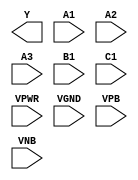
module sky130_fd_sc_lp__o311ai (
    Y   ,
    A1  ,
    A2  ,
    A3  ,
    B1  ,
    C1  ,
    VPWR,
    VGND,
    VPB ,
    VNB
);

    output Y   ;
    input  A1  ;
    input  A2  ;
    input  A3  ;
    input  B1  ;
    input  C1  ;
    input  VPWR;
    input  VGND;
    input  VPB ;
    input  VNB ;
endmodule